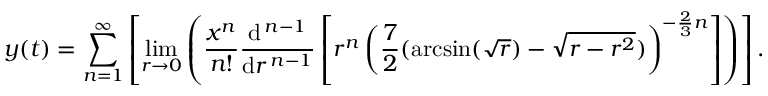
y ( t ) = \sum _ { n = 1 } ^ { \infty } \left[ \operatorname* { l i m } _ { r \to 0 } \left( { \frac { x ^ { n } } { n ! } } { \frac { \mathrm { d } ^ { \, n - 1 } } { \mathrm { d } r ^ { \, n - 1 } } } \left[ r ^ { n } \left( { \frac { 7 } { 2 } } ( \arcsin ( { \sqrt { r } } ) - { \sqrt { r - r ^ { 2 } } } ) \right) ^ { - { \frac { 2 } { 3 } } n } \right] \right) \right] .